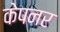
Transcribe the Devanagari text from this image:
केपनर